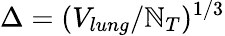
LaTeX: \Delta=(V_{lung}/\mathbb{N}_{T})^{1/3}